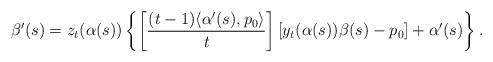
LaTeX: \begin{align*}\beta'(s) = z_t(\alpha(s)) \left\lbrace \left[ \frac{(t-1) \langle \alpha'(s), p_0 \rangle}{t} \right] \left[ y_t(\alpha(s)) \beta(s) - p_0 \right] + \alpha'(s) \right\rbrace.\end{align*}